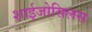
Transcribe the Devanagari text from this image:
शाईजोसिलस